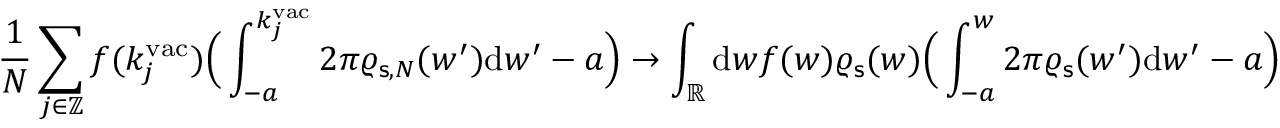
\frac { 1 } { N } \sum _ { j \in \mathbb { Z } } f ( k _ { j } ^ { \mathrm { v a c } } ) \Big ( \int _ { - a } ^ { k _ { j } ^ { \mathrm { v a c } } } 2 \pi \varrho _ { \mathsf { s } , N } ( w ^ { \prime } ) \mathrm { d } w ^ { \prime } - a \Big ) \to \int _ { \mathbb { R } } \mathrm { d } w f ( w ) \varrho _ { \mathsf { s } } ( w ) \Big ( \int _ { - a } ^ { w } 2 \pi \varrho _ { \mathsf { s } } ( w ^ { \prime } ) \mathrm { d } w ^ { \prime } - a \Big )